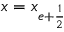
x = x _ { e + \frac { 1 } { 2 } }